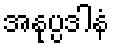
အနုပ္ပဒါနံ